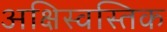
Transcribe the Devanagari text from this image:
अक्षिस्वस्तिक